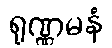
ရုဏ္ဏမနံ